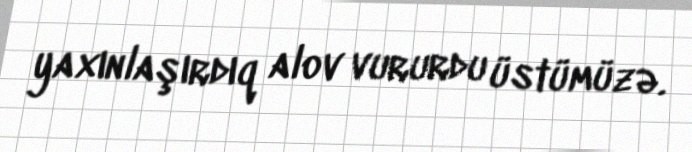
yaxınlaşırdıq alov vururdu üstümüzə.